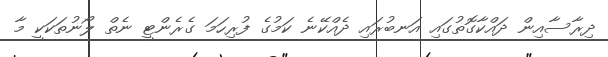
ދިރާސާއިން ދައްކާގޮތުގައި އަނބުރައި ދެއްކޭނެ ކަމުގެ ފުރިހަމަ ގެރެންޓީ ނެތް ލޯނުތަކަކީ މާ